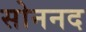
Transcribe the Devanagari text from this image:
सोननद